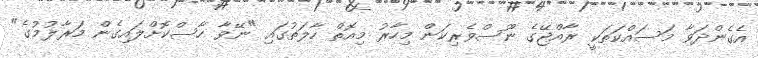
އެގެންދަވާ މަސައްކަތަކީ ރާއްޖޭގެ ނޫސްވެރިކަން މިހާރު މިއޮތް ހާލަތުގައި "ނޭވާ ހާސްކޮށްލައިގެން މަރާލުމުގެ"